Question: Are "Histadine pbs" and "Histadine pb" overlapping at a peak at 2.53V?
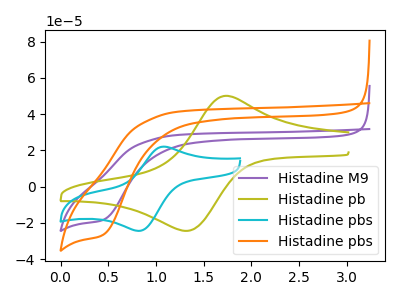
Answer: <think>The purple curve "Histadine M9" has a cathodic peak at: (0.45V, -18.15uA). The olive curve "Histadine pb" has an anodic peak at (1.70V, 49.80uA) and a cathodic peak at (1.30V, -24.30uA). The cyan curve "Histadine pbs" has an anodic peak at (1.10V, 22.10uA) and a cathodic peak at (0.85V, -24.35uA). The orange curve "Histadine pbs" has a cathodic peak at: (0.45V, -26.30uA).</think>
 <answer>No, "Histadine pbs" and "Histadine pb" dont share a peak at 2.53V.</answer>
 <eval>mismatch</eval>